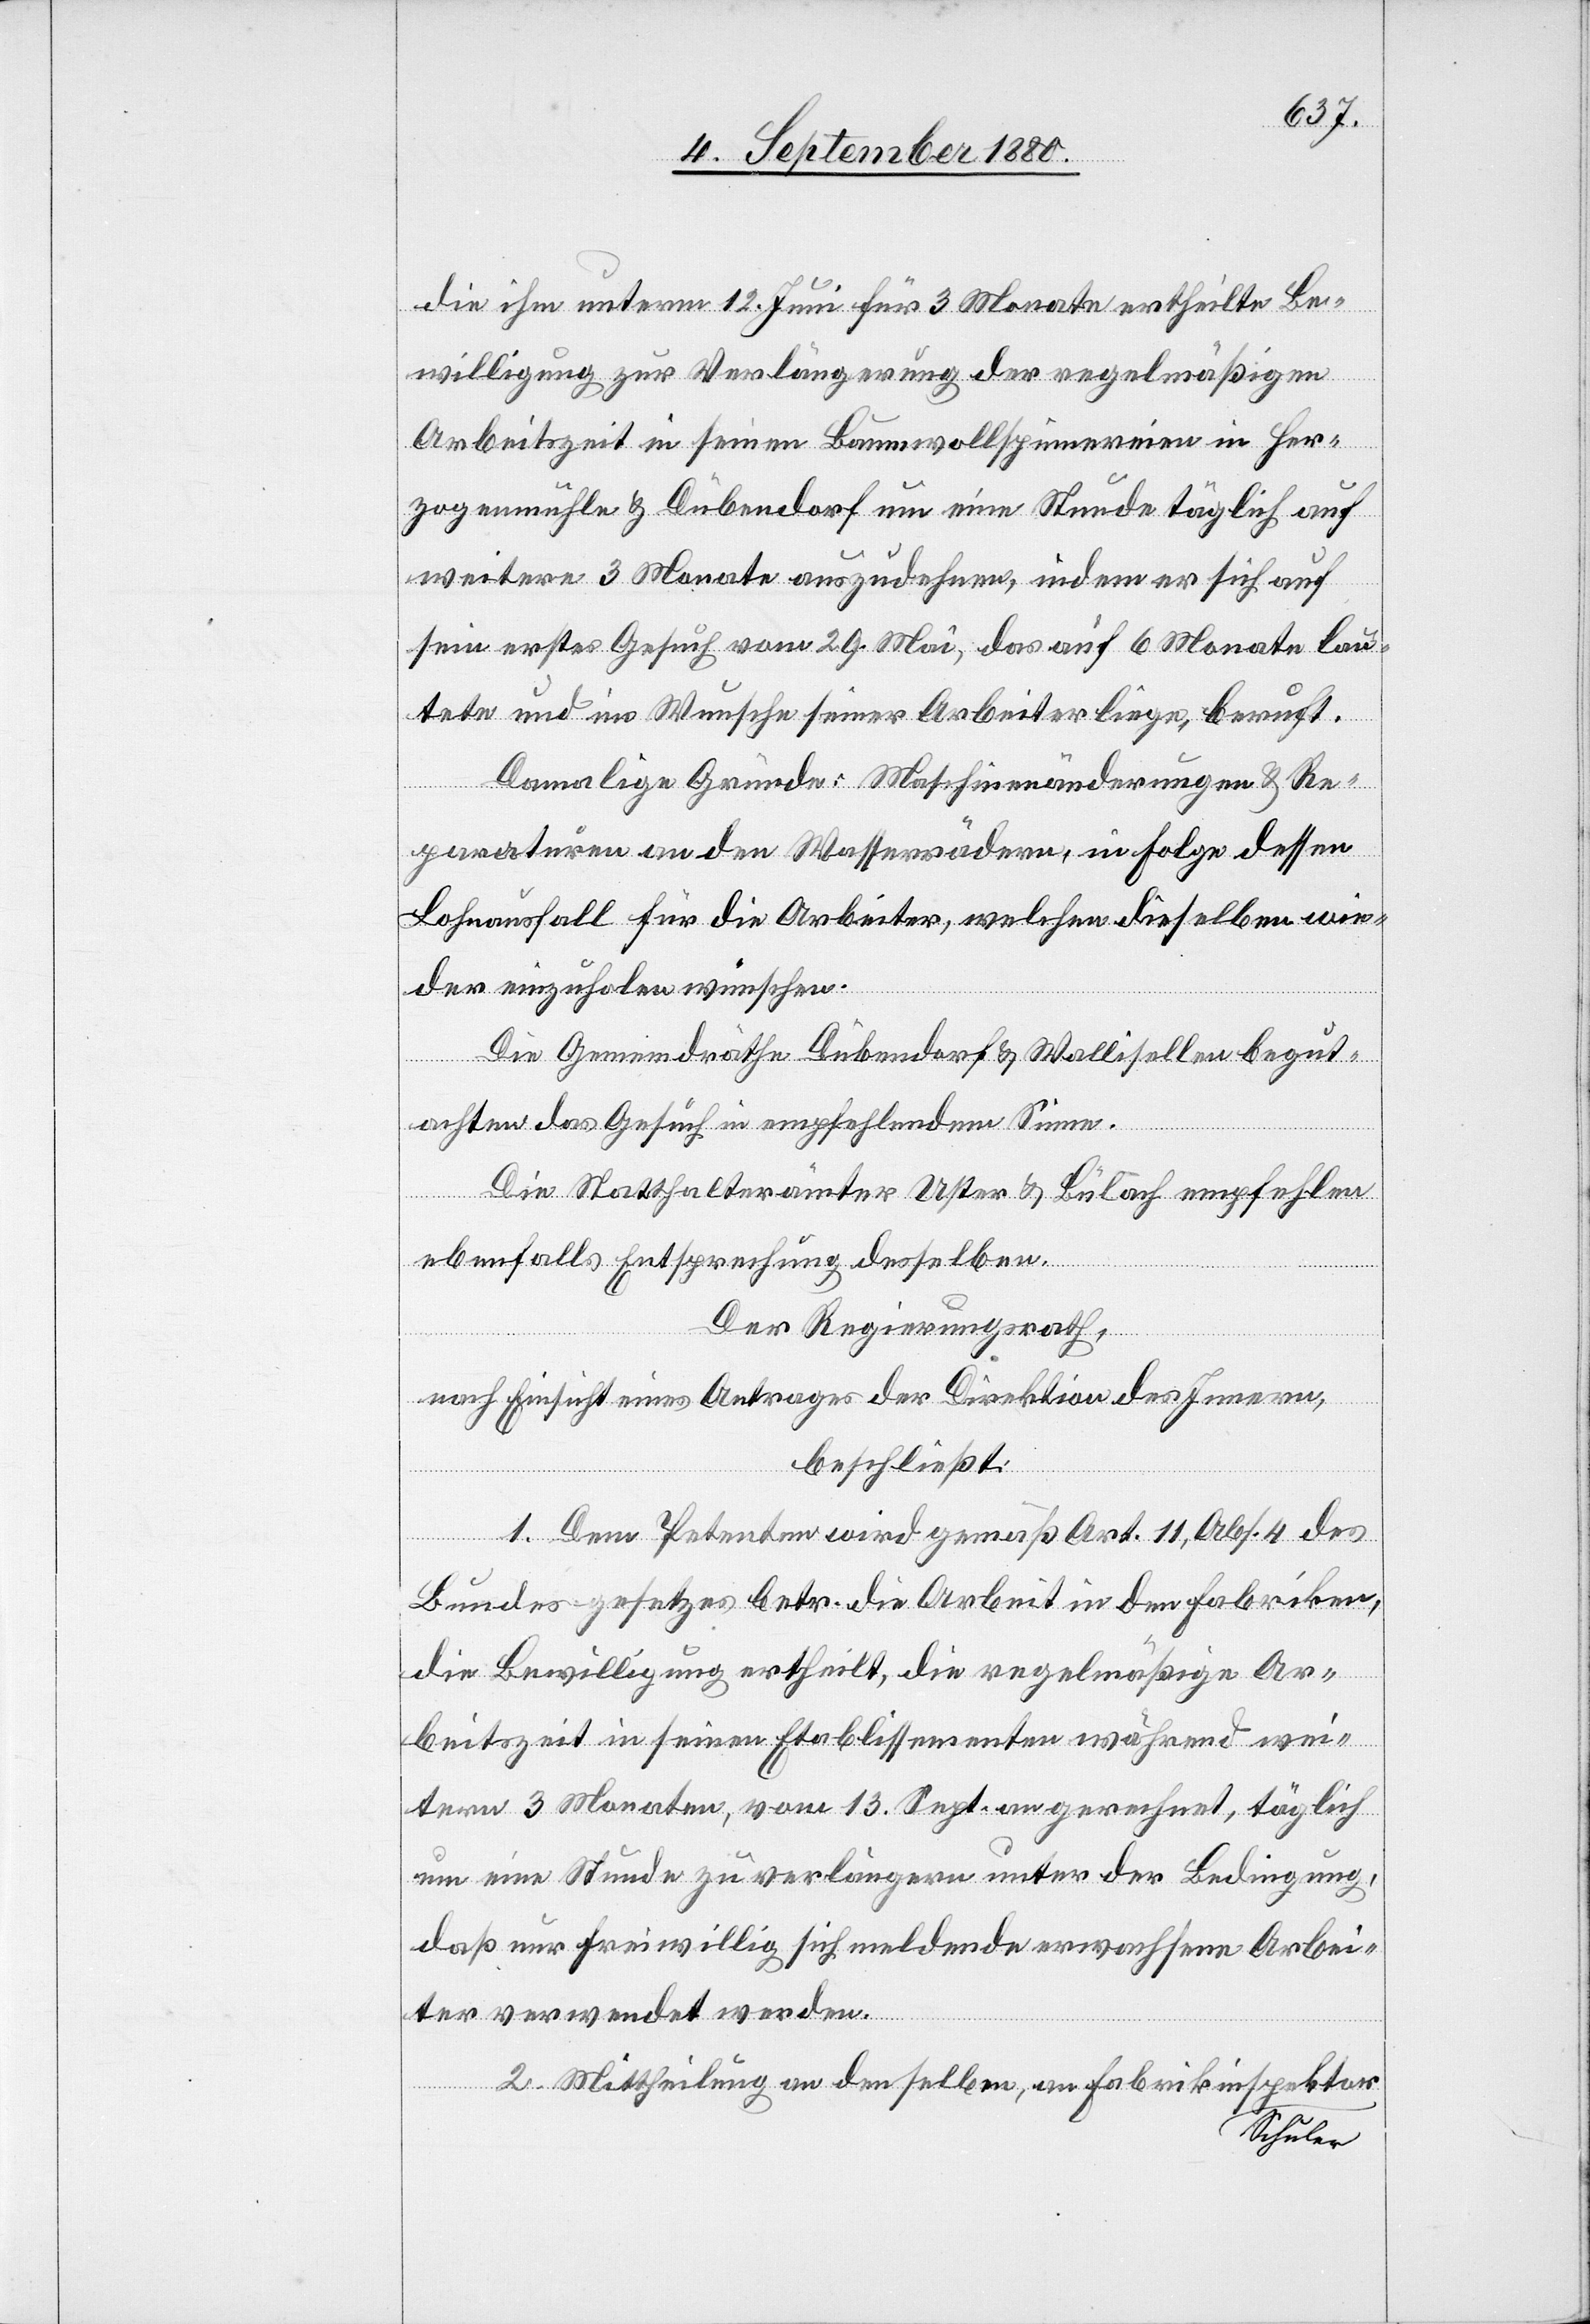
die ihm unterm 12. Juni für 3 Monate ertheilte Be¬
willigung zur Verlängerung der regelmäßigen
Arbeitszeit in seinen Baumwollspinnereien in Her¬
zogenmühle & Dübendorf um eine Stunde täglich auf
weitere 3 Monate auszudehnen, indem er sich auf
sein erstes Gesuch vom 29. Mai, das auf 6 Monate lau¬
tete und im Wunsche seiner Arbeiter liege, beruft.
Damalige Gründe: Maschinenänderungen & Re¬
paraturen an den Wasserrädern, in Folge dessen
Lohnausfall für die Arbeiter, welchen dieselben wie¬
der einzuholen wünschen.
Die Gemeindräthe Dübendorf & Wallisellen begut¬
achten das Gesuch in empfehlendem Sinne.
Die Statthalterämter Uster & Bülach empfehlen
ebenfalls Entsprechung desselben.
Der Regierungsrath,
nach Einsicht eines Antrages der Direktion des Innern,
beschließt:
1. Dem Petenten wird gemäß Art. 11, Abs. 4 des
Bundesgesetzes betr. die Arbeit in den Fabriken,
die Bewilligung ertheilt, die regelmäßige Ar¬
beitszeit in seinen Etablissementen [sic!] während wei¬
tern 3 Monaten, von 13. Sept. an gerechnet, täglich
um eine Stunde zu verlängern unter der Bedingung,
daß nur freiwillig sich meldende erwachsene Arbei¬
ter verwendet werden.
2. Mittheilung an denselben, an Fabrikinspektor
a-Schuler-a